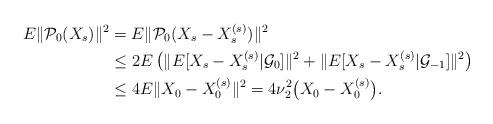
LaTeX: \begin{align*}{E}\Vert \mathcal{P}_0(X_s) \Vert^2 &= {E}\Vert \mathcal{P}_0 (X_s-X_s^{(s)}) \Vert^2\\ &\leq 2 {E} \left( \Vert {E}[ X_s-X_s^{(s)}\vert \mathcal{G}_0]\Vert^2 + \Vert {E}[ X_s-X_s^{(s)}\vert \mathcal{G}_{-1}]\Vert^2 \right)\\ &\leq 4 {E}\Vert X_0-X_0^{(s)} \Vert^2=4\nu_2^2\big(X_0-X_0^{(s)}\big).\end{align*}